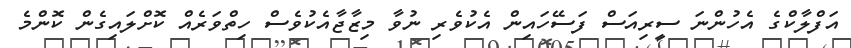
އަފްލާކްގެ އެހުންނަ ސީރިއަސް ފަސޭހައިން އެކުވެރި ނުވާ މިޒާޖާއެކުވެސް ހިތްވަރެއް ކޮށްލައިގެން ކޮންމެ